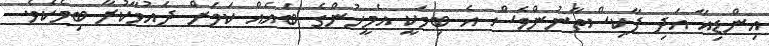
އިންޑިއާ އަދި ޕާކިސްތާނުންވެސް އެ ބިމަކީ އެމީހުންގެ ބައެއް ކަމަށް ދައުވާކުރާ ބިމެކެވެ.